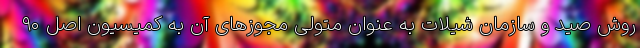
روش صید و سازمان شیلات به عنوان متولی مجوزهای آن به کمیسیون اصل ۹۰